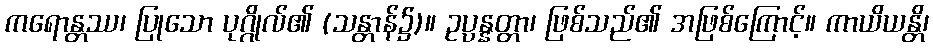
ကရောန္တဿ၊ ပြုသော ပုဂ္ဂိုလ်၏ (သန္တာန်၌)။ ဥပ္ပန္နတ္တာ၊ ဖြစ်သည်၏ အဖြစ်ကြောင့်။ ကာယိယန္တိ၊